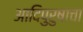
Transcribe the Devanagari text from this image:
आदिपुरुषाचा